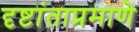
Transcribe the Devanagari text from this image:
दृष्टांताप्रमाणे